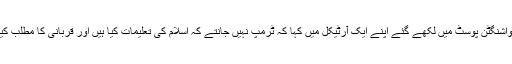
انہوں نے واشنگٹن پوسٹ میں لکھے گئے اپنے ایک آرٹیکل میں کہا کہ ٹرمپ نہیں جانتے کہ اسلام کی تعلیمات کیا ہیں اور قربانی کا مطلب کیا ہوتا ہے؟